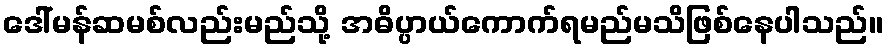
ဒေါ်မန်ဆမစ်လည်းမည်သို့ အဓိပ္ပာယ်ကောက်ရမည်မသိဖြစ်နေပါသည်။